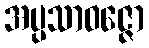
အပ္ပသာဝဇ္ဇော